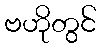
ဗဟိုတွင်